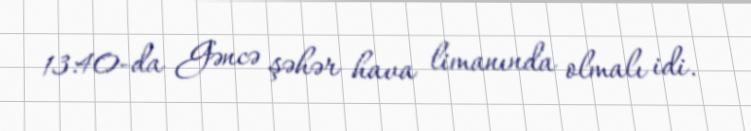
13:40-da Gəncə şəhər hava limanında olmalı idi.